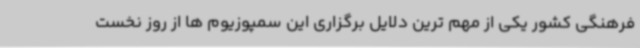
فرهنگی کشور یکی از مهم ترین دلایل برگزاری این سمپوزیوم ها از روز نخست